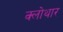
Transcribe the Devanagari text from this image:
क्लोथार